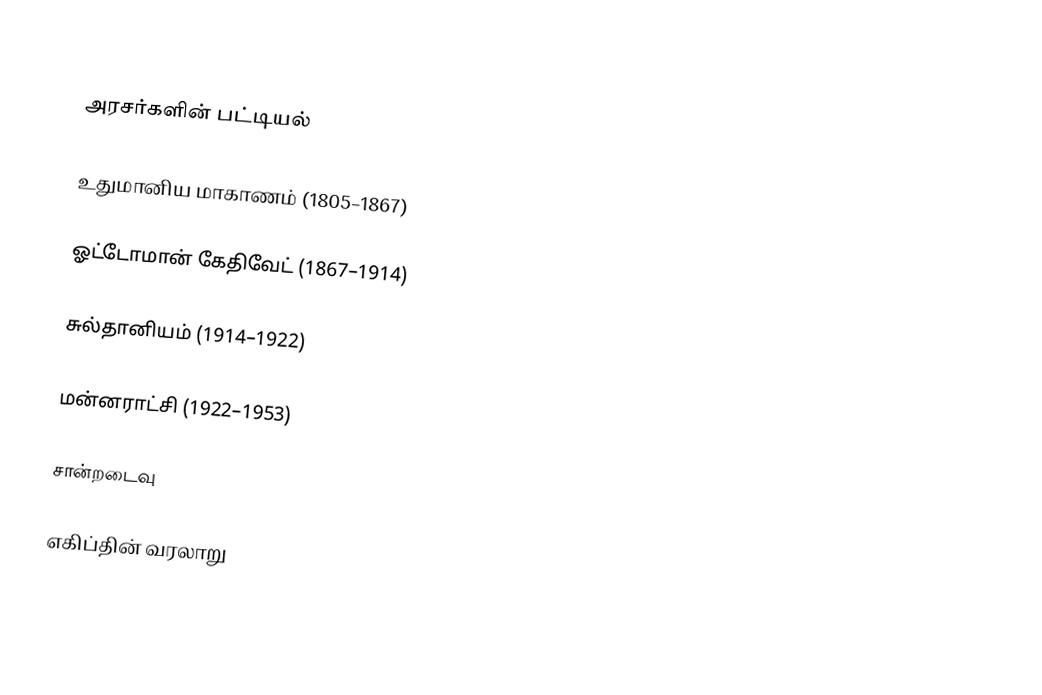

அரசர்களின் பட்டியல்

உதுமானிய  மாகாணம் (1805–1867)

ஓட்டோமான் கேதிவேட் (1867–1914)

சுல்தானியம் (1914–1922)

மன்னராட்சி (1922–1953)

சான்றடைவு

எகிப்தின் வரலாறு